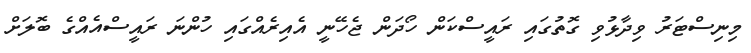
މިނިސްޓަރު ވިދާޅުވި ގޮތުގައި ރައީސްކަން ހޯދަން ޖެހޭނީ އެއިރެއްގައި ހުންނަ ރައީސްއެއްގެ ބޮލަށް